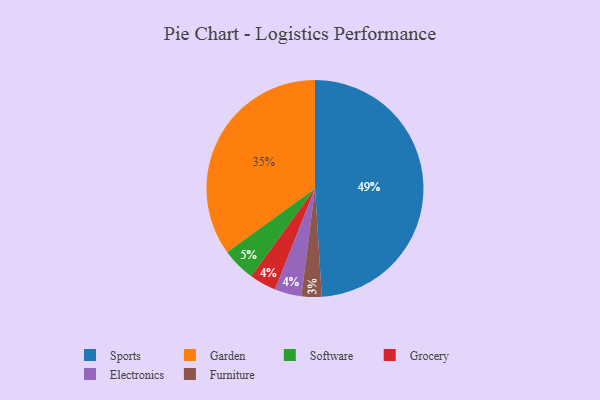
{"axis": {"x": "Category", "y": "Percentage"}, "legend": ["Electronics", "Furniture", "Garden", "Grocery", "Software", "Sports"], "data": [{"x": "Grocery", "y": 4, "type": "Grocery"}, {"x": "Software", "y": 5, "type": "Software"}, {"x": "Furniture", "y": 3, "type": "Furniture"}, {"x": "Garden", "y": 35, "type": "Garden"}, {"x": "Electronics", "y": 4, "type": "Electronics"}, {"x": "Sports", "y": 49, "type": "Sports"}]}